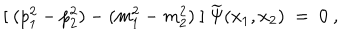
LaTeX: [ \ ( p _ { 1 } ^ { 2 } - p _ { 2 } ^ { 2 } ) - ( m _ { 1 } ^ { 2 } - m _ { 2 } ^ { 2 } ) \ ] \ \widetilde \Psi ( x _ { 1 } , x _ { 2 } ) \ = \ 0 \ ,